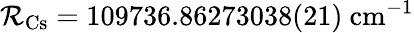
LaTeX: \mathcal{R}_{\mathrm{{Cs}}}=109736.86273038(21)~\mathrm{{cm}}^{-1}